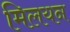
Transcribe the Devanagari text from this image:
मिलयन